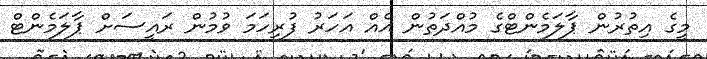
މީގެ އިތުރުން ޕާލަމެންޓްގެ މުއްދަތުން އެއް އަހަރު ފުރިހަމަ ވުމުން ރައީސަށް ޕާލަމެންޓް